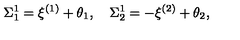
\Sigma _ { 1 } ^ { 1 } = \xi ^ { ( 1 ) } + \theta _ { 1 } , \quad \Sigma _ { 2 } ^ { 1 } = - \xi ^ { ( 2 ) } + \theta _ { 2 } ,